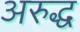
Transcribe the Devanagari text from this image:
अरुद्ध